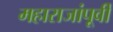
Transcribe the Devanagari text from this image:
महाराजांपूर्वी